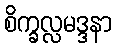
စိက္ခလ္လမဒ္ဒနာ